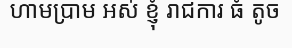
ហាមប្រាម អស់ ខ្ញុំ រាជការ ធំ តូច